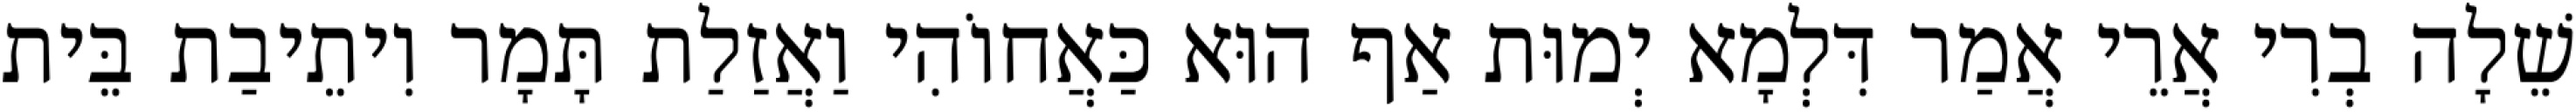
שֵׁלָה בְרִי אֲרֵי אֲמַר דִּלְמָא יְמוּת אַף הוּא כַּאֲחוֹהִי וַאֲזַלַת תָּמָר וִיתֵיבַת בֵּית